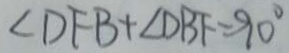
\angle D F B + \angle D B F = 9 0 ^ { \circ }